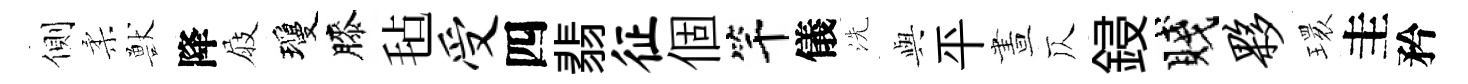
側柔獸降屐瓊膝毡受四翡征個竿儀洗𫤰平晝仄鋟賤夥𤨔圭矜